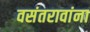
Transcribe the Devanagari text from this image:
वसंतरावांना